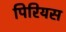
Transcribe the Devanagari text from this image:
पिरियस